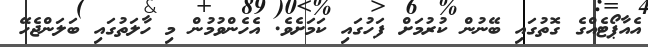
އެއާޕޯޓެއްގެ ގޮތުގައި ބޭނުން ކުރުމަށް ފަހުގައި ކަމަށެވެ. އެހެންވުމުން މި ހާލަތުގައި ބަލަންޖެހޭ